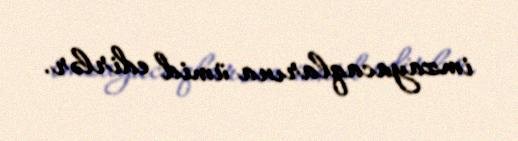
imzayacaqlarına ümid edirlər.